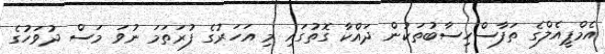
އެމްޕީއެލްގެ ތަފާސްހިސާބުތަކުން ދައްކާ ގޮތުގައި މި އަހަރުގެ ފުރަތަމަ ނުވަ މަސް ދުވަހުގެ